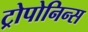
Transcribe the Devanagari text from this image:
ट्रोपोनिन्स